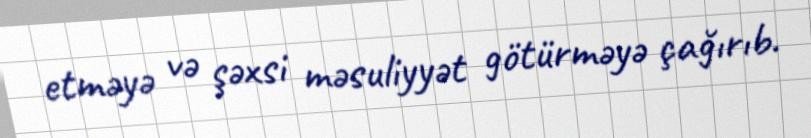
etməyə və şəxsi məsuliyyət götürməyə çağırıb.